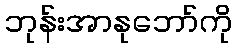
ဘုန်းအာနုဘော်ကို